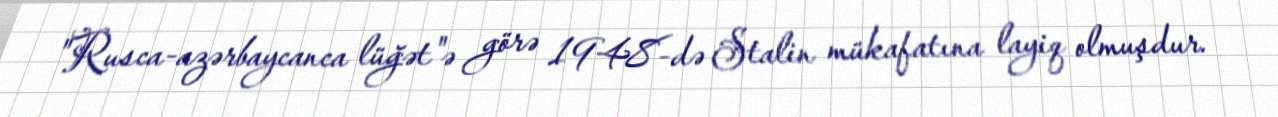
"Rusca-azərbaycanca lüğət"ə görə 1948-də Stalin mükafatına layiq olmuşdur.